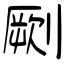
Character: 劂